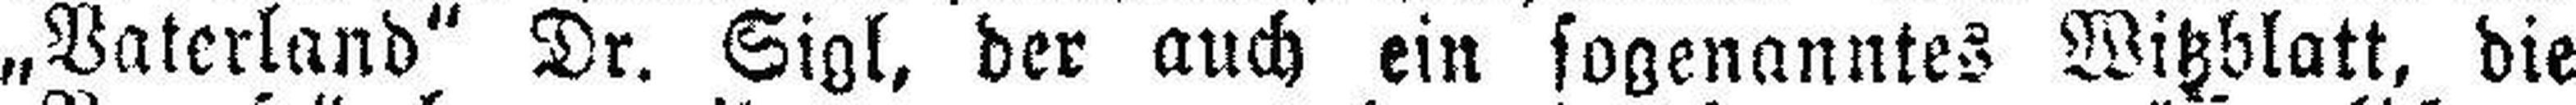
„Vaterland“ Dr. Sigl, der auch ein sogenanntes Witzblatt, die